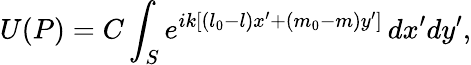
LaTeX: U(P)=C\int_{S}e^{ik[(l_{0}-l)x^{\prime}+(m_{0}-m)y^{\prime}]}\, dx^{\prime}dy^{\prime},